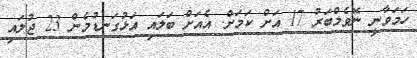
ހަމަވާނީ ނޮވެމްބަރު 17 އަށް ކަމަށް. އެއަށް ބަލައި އަޅުގަނޑުމެން 23 ޖުލައި